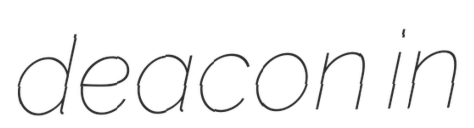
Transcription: deacon in